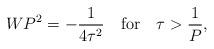
LaTeX: \begin{align*}WP^2 = -{1\over 4\tau^2} \quad {\rm for} \quad \tau > {1\over P},\end{align*}